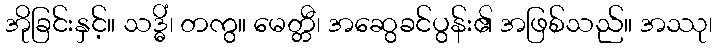
အိုခြင်းနှင့်။ သဒ္ဓိံ၊ တကွ။ မေတ္တီ၊ အဆွေခင်ပွန်း၏ အဖြစ်သည်။ အဿု၊